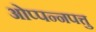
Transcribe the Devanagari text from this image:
ओप्पन्नपत्तु